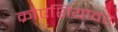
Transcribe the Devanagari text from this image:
क्रोएशियावर